system: You are a helpful assistant.
user:
Analyze the provided spectrum to determine if it is a **"Cataclysmic Variables (CV)"**.

- **Key Indicators for CV (Check for either state):**
    - **State 1: Quiescent / Low-State (Emission-Dominated)**
        - **(Primary):** Strong and *very broad* Hydrogen Balmer emission lines (e.g., $H\alpha$ at 6563 Å, $H\beta$ at 4861 Å). The 'broadness' (high velocity dispersion, often FWHM > 1000 km/s) is the key diagnostic, indicating a high-velocity accretion disk.
        - **(Secondary):** Broad neutral Helium (He I) emission lines (e.g., 5876 Å, 6678 Å).
        - **(Key Confirmation):** Presence of high-excitation *ionized* Helium (He II) emission at 4686 Å. This is a strong indicator of accretion onto a white dwarf.
        - **(Line Profile):** Emission lines may exhibit a 'double-peaked' profile, which is a classic signature of a rotating accretion disk viewed at high inclination.

    - **State 2: Outburst / High-State (Absorption-Dominated)**
        - **(Primary):** Spectrum is dominated by a bright, blue continuum (looks like a hot star).
        - **(Secondary):** The emission lines from State 1 are weak, absent, or 'filled in', and are replaced by broad, shallow *absorption* lines (primarily Balmer and He I).
        - **(Morphology):** The overall spectrum mimics a hot B/A-type star. The crucial difference is that the absorption lines are significantly broader, shallower, and more 'washed-out' (or 'smeared') than the sharp lines of a normal stellar photosphere, due to high rotational speeds and pressure broadening in the disk.

Think first, call **spectral_visualization_tool** if needed to examine features in detail, then provide your final answer. Your response must adhere to the following strict rules:
1.  **Overall Structure:** Your response must follow the format `<think>...</think> <tool_call>...</tool_call> (if a tool is used) <answer>...</answer>`.
2.  **Tool Usage Constraint:** You may only make **one** tool call per turn.
3.  **Final Answer Format:** In the `<answer>` tag, your conclusion must be inside a `\boxed{}` command (e.g., `\boxed{YES}`), followed by your justification.

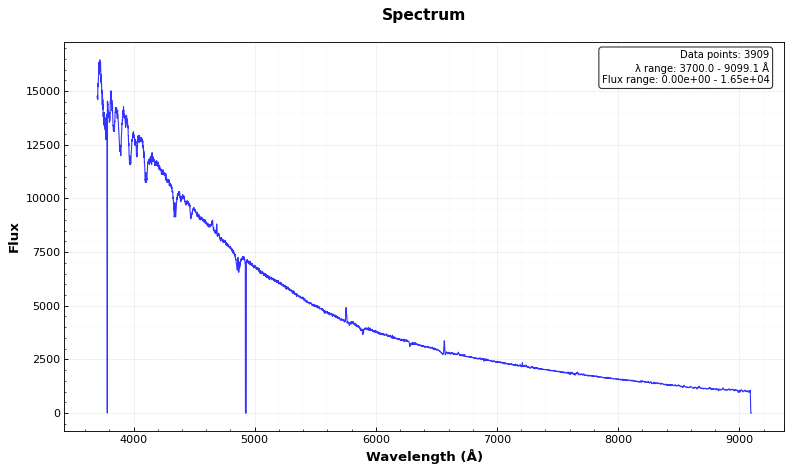
Answer: YES